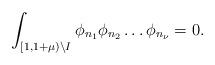
LaTeX: \begin{align*}\int_{[1,1+\mu)\setminus I}\phi_{n_1}\phi_{n_2}\ldots \phi_{n_\nu}=0.\end{align*}